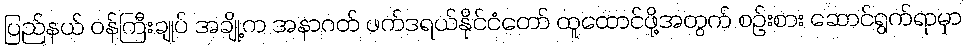
ပြည်နယ် ဝန်ကြီးချုပ် အချို့က အနာဂတ် ဖက်ဒရယ်နိုင်ငံတော် ထူထောင်ဖို့အတွက် စဉ်းစား ဆောင်ရွက်ရာမှာ